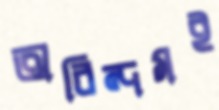
অরিন্দমই